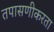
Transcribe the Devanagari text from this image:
तपासणीकरता